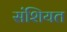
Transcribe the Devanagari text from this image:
संशियत